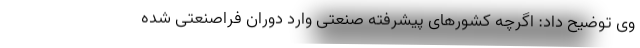
وی توضیح داد: اگرچه کشورهای پیشرفته صنعتی وارد دوران فراصنعتی شده